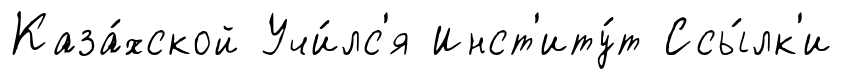
Каза́хской Учи́лс'я Инст'иту́т Ссы́лк'и